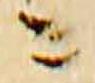
ニ